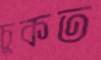
চুকত